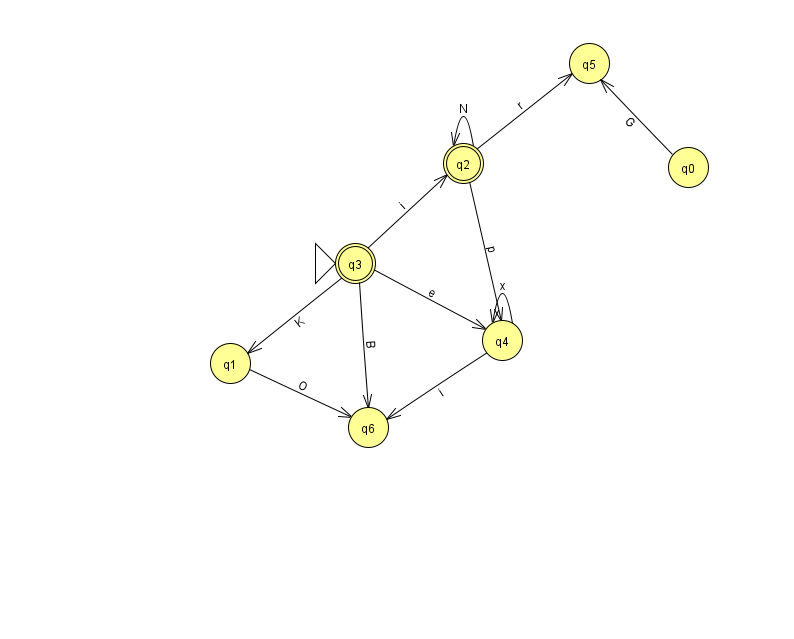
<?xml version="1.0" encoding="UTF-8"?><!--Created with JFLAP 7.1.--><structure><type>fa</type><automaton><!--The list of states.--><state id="0" name="q0"><x>688.0</x><y>154.0</y></state><state id="1" name="q1"><x>230.0</x><y>350.0</y></state><state id="2" name="q2"><x>463.0</x><y>150.0</y><final/></state><state id="3" name="q3"><x>355.0</x><y>250.0</y><initial/><final/></state><state id="4" name="q4"><x>502.0</x><y>327.0</y></state><state id="5" name="q5"><x>589.0</x><y>50.0</y></state><state id="6" name="q6"><x>368.0</x><y>414.0</y></state><!--The list of transitions.--><transition><from>1</from><to>6</to><read>O</read></transition><transition><from>4</from><to>6</to><read>i</read></transition><transition><from>3</from><to>6</to><read>B</read></transition><transition><from>2</from><to>5</to><read>r</read></transition><transition><from>0</from><to>5</to><read>G</read></transition><transition><from>3</from><to>1</to><read>K</read></transition><transition><from>3</from><to>2</to><read>i</read></transition><transition><from>4</from><to>4</to><read>x</read></transition><transition><from>2</from><to>4</to><read>p</read></transition><transition><from>2</from><to>2</to><read>N</read></transition><transition><from>3</from><to>4</to><read>e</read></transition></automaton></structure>